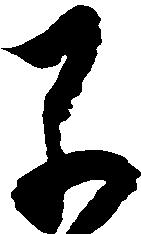
早